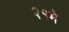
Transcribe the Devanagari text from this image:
२१मे